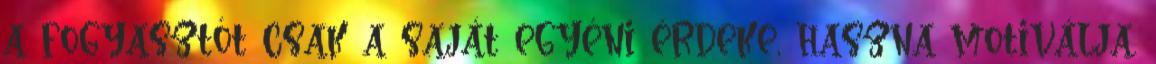
a fogyasztót csak a saját egyéni érdeke, haszna motiválja.